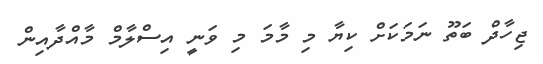
ޖިހާދް ބަތޫ ނަމަކަށް ކިޔާ މި މާމަ މި ވަނީ އިސްލާމް މާއްދާއިން